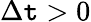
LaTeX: \Delta\mathtt{t}>0